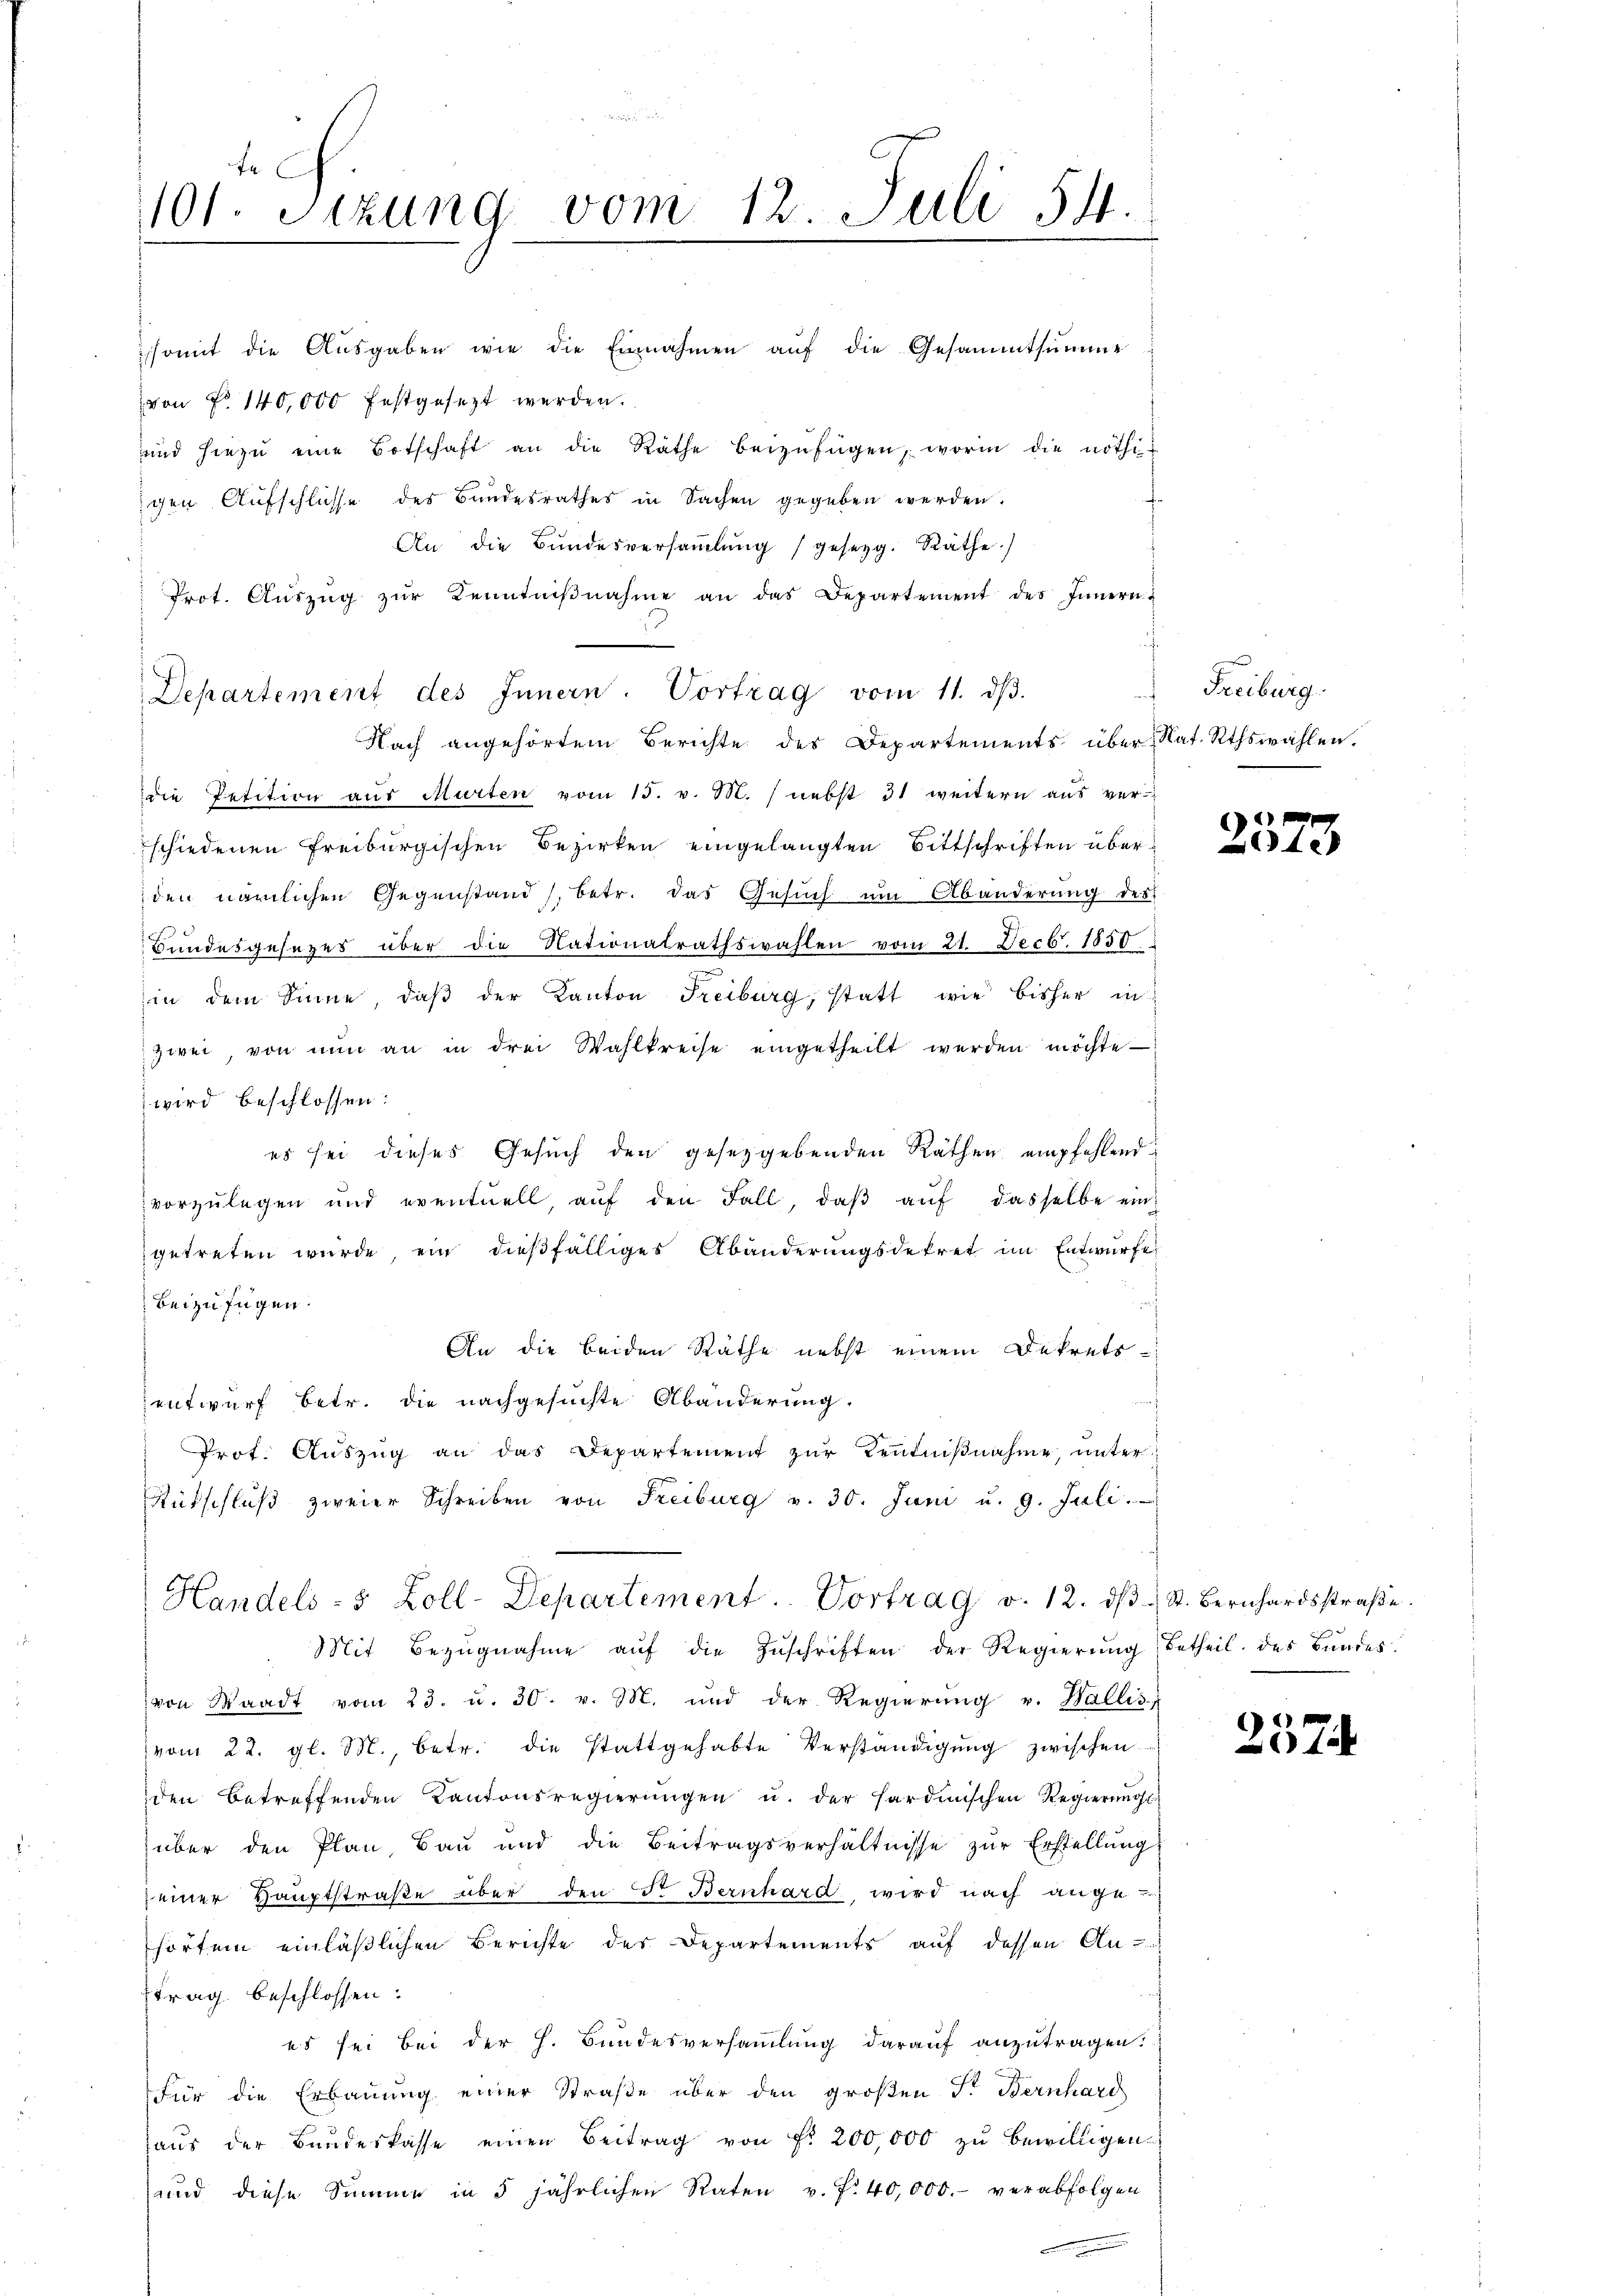
f
1101. Sizung vom 12. Juli 54.

somit die Aŭsgaben wie die Einnahmen aŭf die Gesammtsumme
von No 140,000 festgesezt werden.
und hiezŭ eine Botschaft an die Räthe beizufügen, worin die nöthi
gen Aufschlüsse des Bundesrathes in Sachen gegeben werden.
An die Bundesversaṁlŭng (gesetzg. Räthe.)
Prot. Aŭszŭg zŭr Kenntniβnahme an das Departement des Innern u
Nach angehörtem Berichte des Departements über Nat. Rthswahlen.
die Petition aus Murten vom 15. v. M. / nebst 31 weitern aus ver-
schiedenen Freiburgischen Bezirken eingelangten Bittschriften überden nämlichen Gegenstand, betr. das Gesuch um Abänderung des
Bundesgesezes über die Nationalrathswahlen vom 21. Decb. 1850.
in dem Sinne, daβ der Kanton Freiburg, statt wie bisher in
zwei von nŭn an in drei Wahlkreise eingetheilt werden möchte
wird beschlossen:
es sei dieses Gesuch den gesetzgebenden Räthen empfehlend
vorzulegen und eventuell, aŭf den Fall, daβ aŭf dasselbe eingetreten wurde, ein dießfälliges Abänderungsdekret im Entwurfe
beizufügen.
An die beiden Räthe nebst einem Dekrets
entwurf betr. die nachgesuchte Abänderung.
Prot. Auszug an das Departement zur Kenntnißnahme, unter
Rückschluß zweier Schreiben von Freiburg v. 30. Juni u. 9. Juli.
Handels- & Zoll-Departement. Vortrag v. 12. dβ u St. Bernhardsstraβe.
Mit Bezŭgnahme aŭf die Zŭschriften der Regierŭng betheil des Bŭndes.
von Waadt vom 23. u. 30. v. M. und der Regierŭng v. Wallis
vom 22. gl. M., betr. die stattgehabte Verständigung zwischen
den betreffenden Kantonsregierŭngen u. der Hardinischen Regierungs
über den Plan, Bau und die Beitragsverhältnisse zur Erstellung
einer Hauptstraße über den St. Bernhard wird nach ange-
horten einläßlichen Berichte des Departements auf dessen An-
trag beschlossen:
us sei bei der h. Bundesversammlung darauf anzutragen.
Für die Erbauung einer Straße über den großen Fr. Bernhard
haŭs der Bundeskasse einen Beitrag von fr. 200,000 zŭ bewilligen.
und diese Summe in 5 jährlichen Raten u. f. 40,000.- verabfolgen

Departement des Innern. Vortrag vom 11. dβ.

Freiburg.

2373

2374